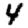
Digit: 4